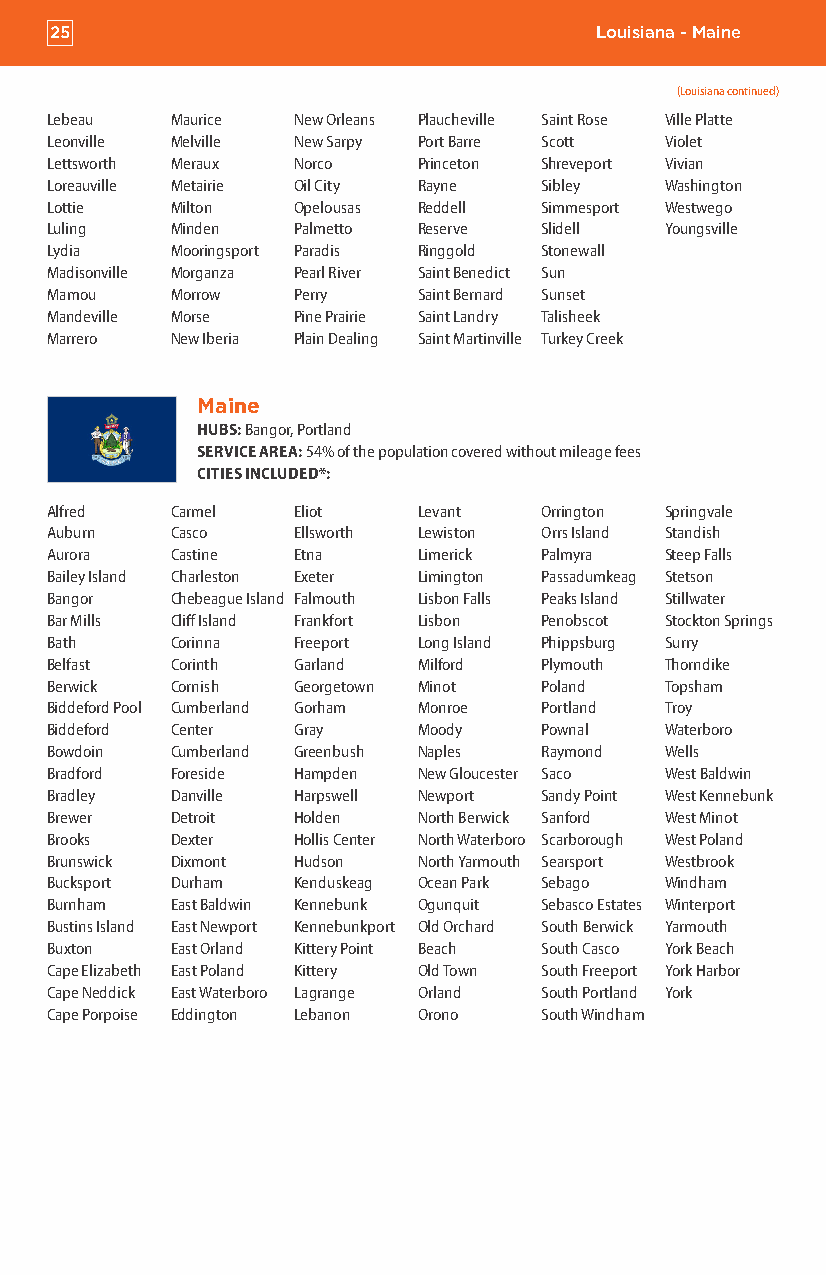
25                                  Louisiana - Maine
 (Louisiana continued)
 Lebeau  Maurice New Orleans Plaucheville Saint Rose Ville Platte
 Leonville Melville New Sarpy Port Barre Scott Violet
 Lettsworth Meraux Norco  Princeton Shreveport Vivian
 Loreauville Metairie Oil City Rayne Sibley Washington
 Lottie  Milton  Opelousas Reddell Simmesport Westwego
 Luling  Minden  Palmetto Reserve Slidell Youngsville
 Lydia   Mooringsport Paradis Ringgold Stonewall
 Madisonville Morganza Pearl River Saint Benedict Sun
 Mamou   Morrow  Perry    Saint Bernard Sunset
 Mandeville Morse Pine Prairie Saint Landry Talisheek
 Marrero New Iberia Plain Dealing Saint Martinville Turkey Creek
 Maine
 HUBS: Bangor, Portland
 SERVICE AREA: 54% of the population covered without mileage fees
 CITIES INCLUDED*:
 Alfred  Carmel  Eliot    Levant  Orrington Springvale
 Auburn  Casco   Ellsworth Lewiston Orrs Island Standish
 Aurora  Castine Etna     Limerick Palmyra Steep Falls
 Bailey Island Charleston Exeter Limington Passadumkeag Stetson
 Bangor  Chebeague Island Falmouth Lisbon Falls Peaks Island Stillwater
 Bar Mills Cliff Island Frankfort Lisbon Penobscot Stockton Springs
 Bath    Corinna Freeport Long Island Phippsburg Surry
 Belfast Corinth Garland  Milford Plymouth Thorndike
 Berwick Cornish Georgetown Minot Poland  Topsham
 Biddeford Pool Cumberland Gorham Monroe Portland Troy
 Biddeford Center Gray    Moody   Pownal  Waterboro
 Bowdoin Cumberland Greenbush Naples Raymond Wells
 Bradford Foreside Hampden New Gloucester Saco West Baldwin
 Bradley Danville Harpswell Newport Sandy Point West Kennebunk
 Brewer  Detroit Holden   North Berwick Sanford West Minot
 Brooks  Dexter  Hollis Center North Waterboro Scarborough West Poland
 Brunswick Dixmont Hudson North Yarmouth Searsport Westbrook
 Bucksport Durham Kenduskeag Ocean Park Sebago Windham
 Burnham East Baldwin Kennebunk Ogunquit Sebasco Estates Winterport
 Bustins Island East Newport Kennebunkport Old Orchard South Berwick Yarmouth
 Buxton  East Orland Kittery Point Beach South Casco York Beach
 Cape Elizabeth East Poland Kittery Old Town South Freeport York Harbor
 Cape Neddick East Waterboro Lagrange Orland South Portland York
 Cape Porpoise Eddington Lebanon Orono South Windham